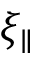
\xi _ { \parallel }